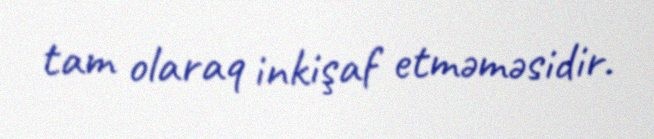
tam olaraq inkişaf etməməsidir.